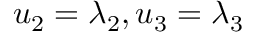
u _ { 2 } = \lambda _ { 2 } , u _ { 3 } = \lambda _ { 3 }